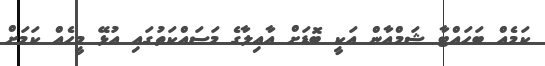
ކަމެއް ބަހައްޓާ ޝަމްއާން އަކީ ބޮޑަށް އާއިލާގެ މަސައްކަތުގައި އުޅޭ މީހެއް ކަމަށް